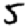
Digit: 5